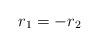
LaTeX: \begin{align*}& r_1=-r_2\end{align*}